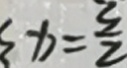
x = \frac { 3 } { 2 }